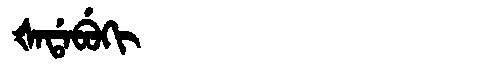
Manchu: ᡧᠠᡩᠠᠪᡠᡴᡳ
Romanization: ŠADABUKI